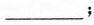
___；